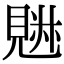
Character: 𧡉